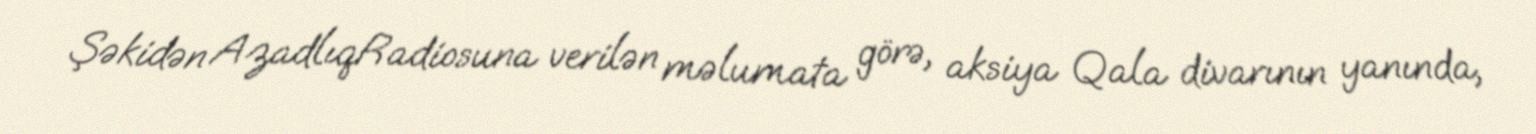
Şəkidən AzadlıqRadiosuna verilən məlumata görə, aksiya Qala divarının yanında,